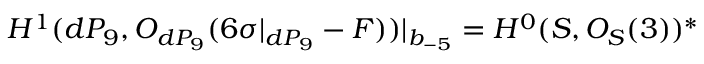
H ^ { 1 } ( d P _ { 9 } , { \cal O } _ { d P _ { 9 } } ( 6 \sigma | _ { d P _ { 9 } } - F ) ) | _ { b _ { - 5 } } = H ^ { 0 } ( { \cal S } , { \cal O } _ { { \cal S } } ( 3 ) ) ^ { * }